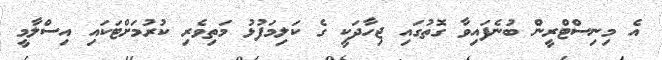
އެ މިނިސްޓްރީން ބުނެފައިވާ ގޮތުގައި ޖިހާދަކީ ގެ ކަލިމަފުޅު މަތިވެރި ކުރުމަށްޓަކައި އިސްލާމީ